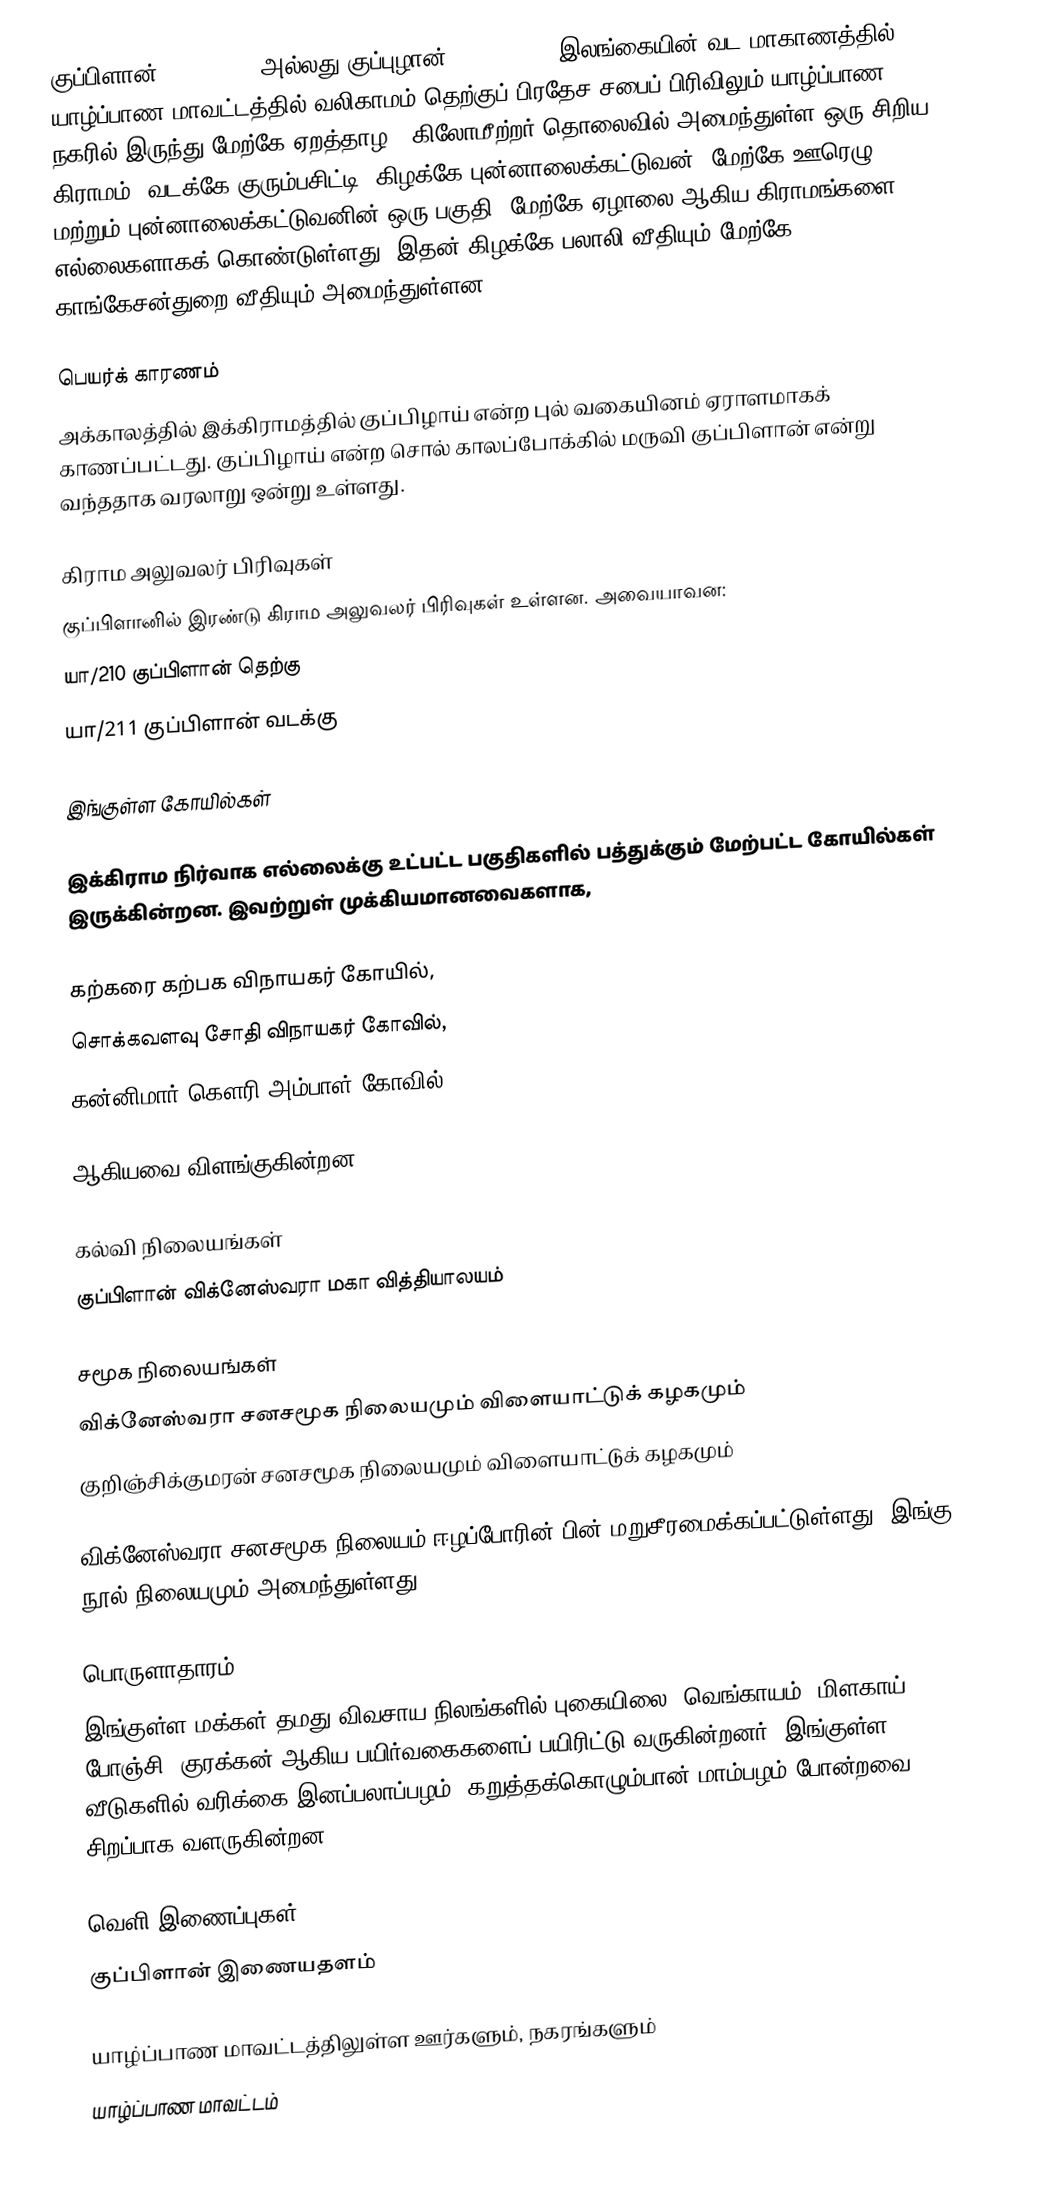
குப்பிளான் (Kuppilan) அல்லது குப்புழான் (Kuppuzhan) இலங்கையின் வட மாகாணத்தில் யாழ்ப்பாண மாவட்டத்தில் வலிகாமம் தெற்குப் பிரதேச சபைப் பிரிவிலும் யாழ்ப்பாண நகரில் இருந்து மேற்கே ஏறத்தாழ 9 கிலோமீற்றர் தொலைவில் அமைந்துள்ள ஒரு சிறிய கிராமம். வடக்கே குரும்பசிட்டி, கிழக்கே புன்னாலைக்கட்டுவன், மேற்கே ஊரெழு, மற்றும் புன்னாலைக்கட்டுவனின் ஒரு பகுதி, மேற்கே ஏழாலை ஆகிய கிராமங்களை எல்லைகளாகக் கொண்டுள்ளது. இதன் கிழக்கே பலாலி வீதியும் மேற்கே காங்கேசன்துறை வீதியும் அமைந்துள்ளன.

பெயர்க் காரணம்
அக்காலத்தில் இக்கிராமத்தில் குப்பிழாய் என்ற புல் வகையினம் ஏராளமாகக் காணப்பட்டது. குப்பிழாய் என்ற சொல் காலப்போக்கில் மருவி குப்பிளான் என்று வந்ததாக வரலாறு ஒன்று உள்ளது.

கிராம அலுவலர் பிரிவுகள்
குப்பிளானில் இரண்டு கிராம அலுவலர் பிரிவுகள் உள்ளன. அவையாவன:
 யா/210 குப்பிளான் தெற்கு
 யா/211 குப்பிளான் வடக்கு

இங்குள்ள கோயில்கள்

இக்கிராம நிர்வாக எல்லைக்கு உட்பட்ட பகுதிகளில் பத்துக்கும் மேற்பட்ட கோயில்கள் இருக்கின்றன. இவற்றுள் முக்கியமானவைகளாக,

கற்கரை கற்பக விநாயகர் கோயில்,
சொக்கவளவு சோதி விநாயகர் கோவில்,
கன்னிமார் கௌரி அம்பாள் கோவில்

ஆகியவை விளங்குகின்றன.

கல்வி நிலையங்கள்
குப்பிளான் விக்னேஸ்வரா மகா வித்தியாலயம்

சமூக நிலையங்கள்
விக்னேஸ்வரா சனசமூக நிலையமும் விளையாட்டுக் கழகமும்
குறிஞ்சிக்குமரன் சனசமூக நிலையமும் விளையாட்டுக் கழகமும்

விக்னேஸ்வரா சனசமூக நிலையம் ஈழப்போரின் பின் மறுசீரமைக்கப்பட்டுள்ளது. இங்கு நூல் நிலையமும் அமைந்துள்ளது.

பொருளாதாரம்
இங்குள்ள மக்கள் தமது விவசாய நிலங்களில் புகையிலை, வெங்காயம், மிளகாய், போஞ்சி, குரக்கன் ஆகிய பயிர்வகைகளைப் பயிரிட்டு வருகின்றனர். இங்குள்ள வீடுகளில் வரிக்கை இனப்பலாப்பழம், கறுத்தக்கொழும்பான் மாம்பழம் போன்றவை சிறப்பாக வளருகின்றன.

வெளி இணைப்புகள்
 குப்பிளான் இணையதளம்

யாழ்ப்பாண மாவட்டத்திலுள்ள ஊர்களும், நகரங்களும்
யாழ்ப்பாண மாவட்டம்